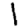
Digit: 1